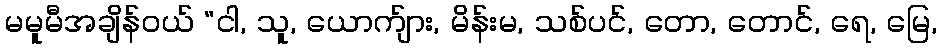
မမူမီအချိန်ဝယ် “ငါ, သူ, ယောက်ျား, မိန်းမ, သစ်ပင်, တော, တောင်, ရေ, မြေ,